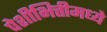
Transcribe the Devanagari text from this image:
पेशीभित्तीमध्ये